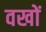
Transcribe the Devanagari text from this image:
वखों